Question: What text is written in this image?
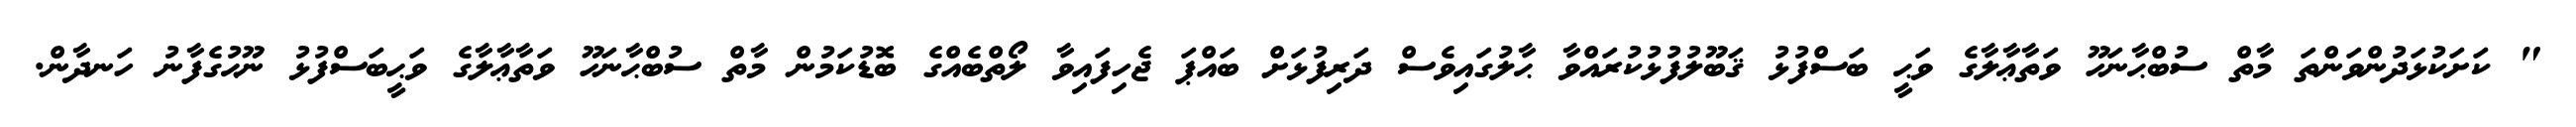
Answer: " ކަށަކުޅަދުންވަންތަ މާތް ސުބްޙާނަހޫ ވަތާޢާލާގެ ވަޙީ ބަސްފުޅު ޤަބޫލުފުޅުކުރައްވާ ޙާލުގައިވެސް ދަރިފުޅަށް ބައްޕަ ޖެހިފައިވާ ލޯތްބެއްގެ ބޮޑުކަމުން މާތް ސުބްޙާނަހޫ ވަތާޢާލާގެ ވަޙީބަސްފުޅު ނޫޙުގެފާނު ހަނދާން.